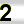
Digit: 2